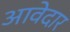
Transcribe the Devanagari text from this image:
आवेदार